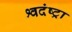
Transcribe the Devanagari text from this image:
श्वदंष्ट्रा